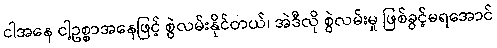
ငါအနေ ငါ့ဥစ္စာအနေဖြင့် စွဲလမ်းနိုင်တယ်၊ အဲဒီလို စွဲလမ်းမှု ဖြစ်ခွင့်မရအောင်